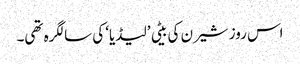
اس روز شیرن کی بیٹی ’لیڈیا‘ کی سالگرہ تھی۔